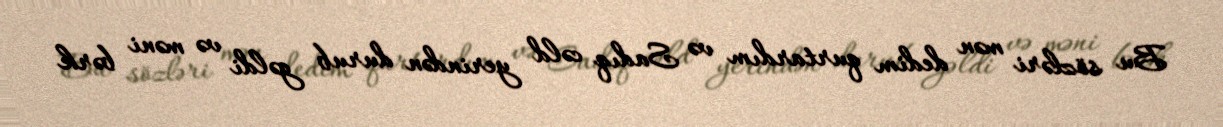
Bu sözləri mən dedim qurtardım və Sadıq cəld yerindən durub gəldi və məni bərk